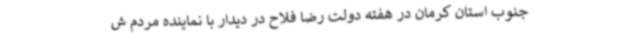
جنوب استان کرمان در هفته دولت رضا فلاح در دیدار با نماینده مردم ش